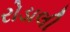
રોડાલી